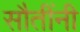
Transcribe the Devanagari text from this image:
सौतींनी